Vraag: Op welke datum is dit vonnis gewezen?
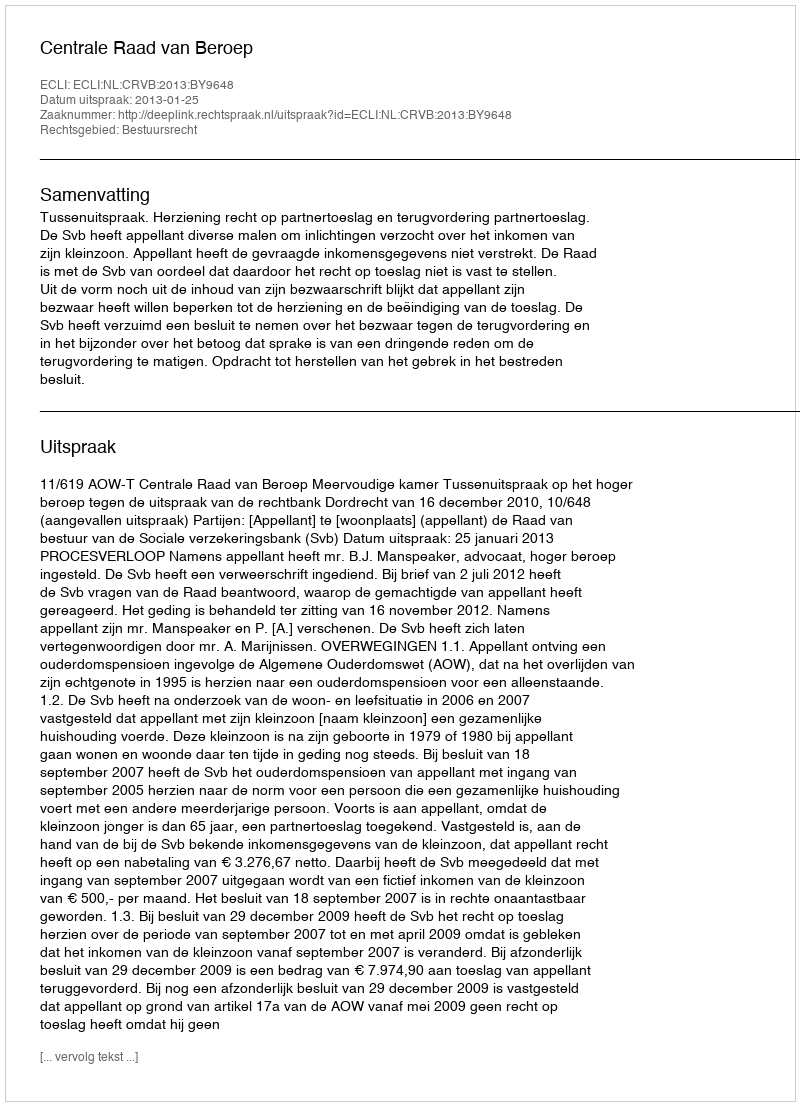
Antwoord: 2013-01-25